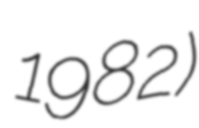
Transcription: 1982)